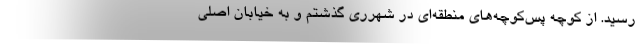
رسید. از کوچه پس‌کوچه‌های منطقه‌ای در شهرری گذشتم و به خیابان اصلی